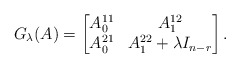
\begin{align*} G_{\lambda}(A)= \begin{bmatrix} A_0^{11} & A_1^{12} \\ A_0^{21} & A_1^{22} + \lambda I_{n-r}\end{bmatrix} .\end{align*}